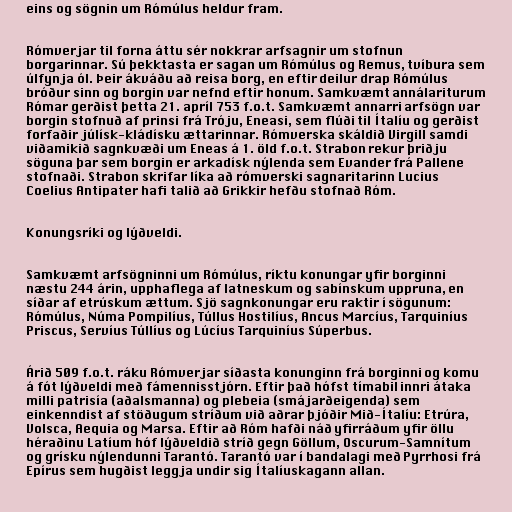
eins og sögnin um Rómúlus heldur fram.

Rómverjar til forna áttu sér nokkrar arfsagnir um stofnun
borgarinnar. Sú þekktasta er sagan um Rómúlus og Remus, tvíbura sem
úlfynja ól. Þeir ákváðu að reisa borg, en eftir deilur drap Rómúlus
bróður sinn og borgin var nefnd eftir honum. Samkvæmt annálariturum
Rómar gerðist þetta 21. apríl 753 f.o.t. Samkvæmt annarri arfsögn var
borgin stofnuð af prinsi frá Tróju, Eneasi, sem flúði til Ítalíu og gerðist
forfaðir júlísk-kládísku ættarinnar. Rómverska skáldið Virgill samdi
viðamikið sagnkvæði um Eneas á 1. öld f.o.t. Strabon rekur þriðju
söguna þar sem borgin er arkadísk nýlenda sem Evander frá Pallene
stofnaði. Strabon skrifar líka að rómverski sagnaritarinn Lucius
Coelius Antipater hafi talið að Grikkir hefðu stofnað Róm.

Konungsríki og lýðveldi.

Samkvæmt arfsögninni um Rómúlus, ríktu konungar yfir borginni
næstu 244 árin, upphaflega af latneskum og sabínskum uppruna, en
síðar af etrúskum ættum. Sjö sagnkonungar eru raktir í sögunum:
Rómúlus, Núma Pompilíus, Túllus Hostilíus, Ancus Marcíus, Tarquiníus
Priscus, Servíus Túllíus og Lúcíus Tarquiníus Súperbus.

Árið 509 f.o.t. ráku Rómverjar síðasta konunginn frá borginni og komu
á fót lýðveldi með fámennisstjórn. Eftir það hófst tímabil innri átaka
milli patrisía (aðalsmanna) og plebeia (smájarðeigenda) sem
einkenndist af stöðugum stríðum við aðrar þjóðir Mið-Ítalíu: Etrúra,
Volsca, Aequia og Marsa. Eftir að Róm hafði náð yfirráðum yfir öllu
héraðinu Latíum hóf lýðveldið stríð gegn Göllum, Oscurum-Samnítum
og grísku nýlendunni Tarantó. Tarantó var í bandalagi með Pyrrhosi frá
Epírus sem hugðist leggja undir sig Ítalíuskagann allan.